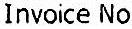
INVOICE NO